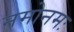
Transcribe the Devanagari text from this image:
नमोनमः